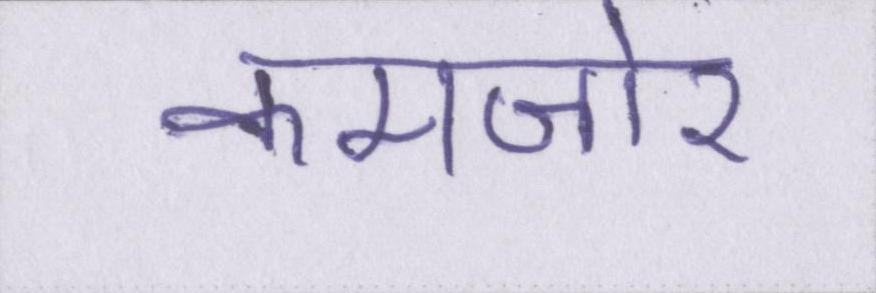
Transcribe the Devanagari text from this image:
कमजोर